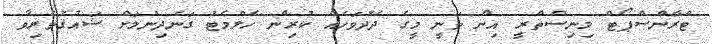
ޓްރާންސްޕޯޓް މިނިސްތްރީ އިން ވަނީ މީގެ ދެދުވަހެއް ކުރިން ހެލްމެޓު ގަނެދިނުމަށް ޝަޢުޤުވެރިވާ